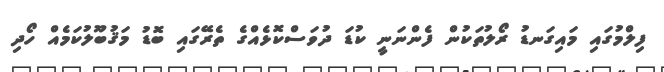
ފިލްމުގައި މައިގަނޑު ރޯލުތަކުން ފެންނަނީ ކުޑަ ދުވަސްކޮޅެއްގެ ތެރޭގައި ބޮޑު މަޤުބޫލުކަމެއް ހޯދި